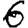
Digit: 6